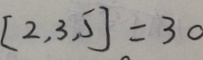
[ 2 , 3 , 5 ] = 3 0